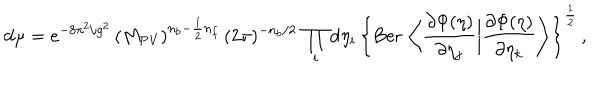
\mathrm { d } \mu = e ^ { - 8 \pi ^ { 2 } / g ^ { 2 } } \, ( M _ { \mathrm { P V } } ) ^ { n _ { b } - \frac { 1 } { 2 } n _ { f } } \, ( 2 \pi ) ^ { - n _ { b } / 2 } \, \prod _ { i } \mathrm { d } \eta _ { i } \, \left\{ \mathrm { B e r } \, \left\langle \frac { \partial \Phi ( \eta ) } { \partial \eta _ { j } } \bigg | \frac { \partial \Phi ( \eta ) } { \partial \eta _ { k } } \right\rangle \right\} ^ { \frac { 1 } { 2 } } \, ,